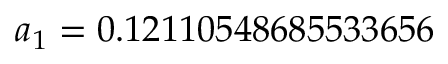
a _ { 1 } = 0 . 1 2 1 1 0 5 4 8 6 8 5 5 3 3 6 5 6